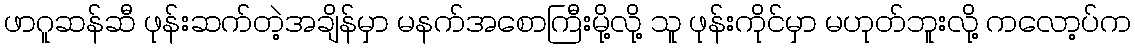
ဖာဂူဆန်ဆီ ဖုန်းဆက်တဲ့အချိန်မှာ မနက်အစောကြီးမို့လို့ သူ ဖုန်းကိုင်မှာ မဟုတ်ဘူးလို့ ကလော့ပ်က